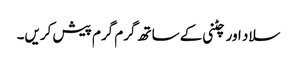
سلاد اور چٹنی کے ساتھ گرم گرم پیش کریں۔